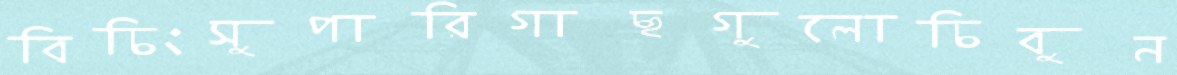
বিচিংসুপারিগাছগুলোচিবুন